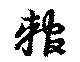
輨